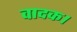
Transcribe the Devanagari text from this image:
वादक।